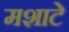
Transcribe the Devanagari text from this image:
मशाटे